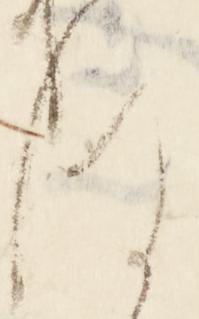
ほ